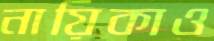
নায়িকাও